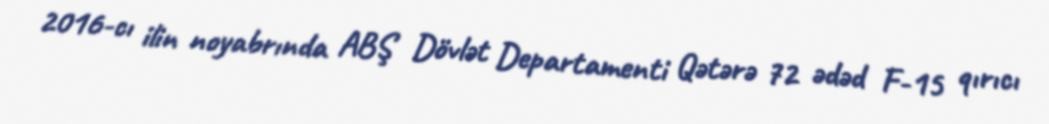
2016-cı ilin noyabrında ABŞ Dövlət Departamenti Qətərə 72 ədəd F-15 qırıcı